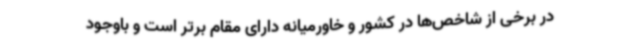
در برخی از شاخص‌ها در کشور و خاورمیانه دارای مقام برتر است و باوجود